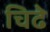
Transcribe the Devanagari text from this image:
चिढे